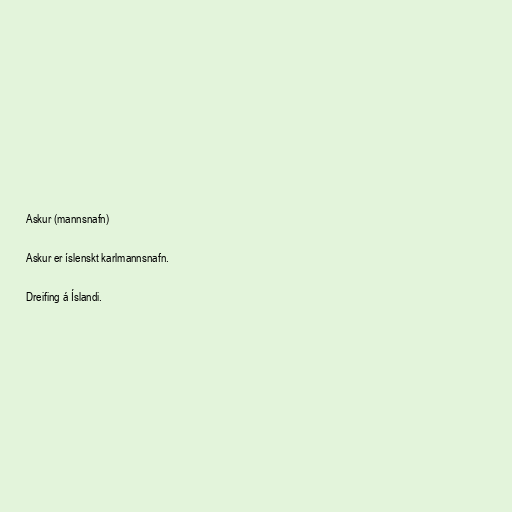
Askur (mannsnafn)

Askur er íslenskt karlmannsnafn.

Dreifing á Íslandi.